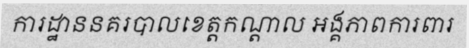
ការដ្ឋាននគរបាលខេត្តកណ្តាល អង្គភាពការពារ